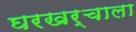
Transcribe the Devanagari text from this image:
घरखर्चाला